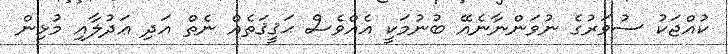
ކުއްޖަކު ސުވަރުގެ ނުވަންނާނެއޭ ބުނުމަކީ އެއްވެސް ޙަޤީޤަތެއް ނެތް އަދި ޢަދުލާއި މުޅިން